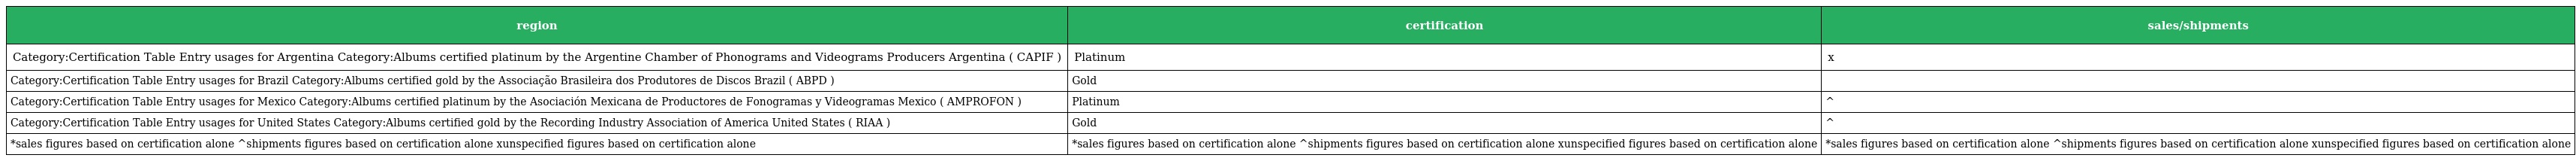
| region | certification | sales/shipments |
 | --- | --- | --- |
 | Category:Certification Table Entry usages for Argentina Category:Albums certified platinum by the Argentine Chamber of Phonograms and Videograms Producers Argentina ( CAPIF ) | Platinum | x |
 | Category:Certification Table Entry usages for Brazil Category:Albums certified gold by the Associação Brasileira dos Produtores de Discos Brazil ( ABPD ) | Gold |  |
 | Category:Certification Table Entry usages for Mexico Category:Albums certified platinum by the Asociación Mexicana de Productores de Fonogramas y Videogramas Mexico ( AMPROFON ) | Platinum | ^ |
 | Category:Certification Table Entry usages for United States Category:Albums certified gold by the Recording Industry Association of America United States ( RIAA ) | Gold | ^ |
 | *sales figures based on certification alone ^shipments figures based on certification alone xunspecified figures based on certification alone | *sales figures based on certification alone ^shipments figures based on certification alone xunspecified figures based on certification alone | *sales figures based on certification alone ^shipments figures based on certification alone xunspecified figures based on certification alone |